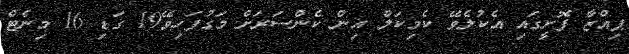
ޕިއްޒާ ފޮށީގައި އެކުލެވޭ ކެމިކަލް އިން ކެންސަރަށް މަގުފަހިވޭ19 ގަޑި 16 މިނެޓް